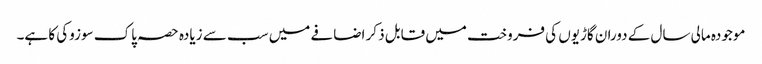
موجودہ مالی سال کے دوران گاڑیوں کی فروخت میں قابل ذکر اضافے میں سب سے زیادہ حصہ پاک سوزوکی کا ہے۔